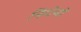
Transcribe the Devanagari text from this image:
निटोन्डो